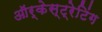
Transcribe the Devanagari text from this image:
ऑर्केस्ट्रेटिंग